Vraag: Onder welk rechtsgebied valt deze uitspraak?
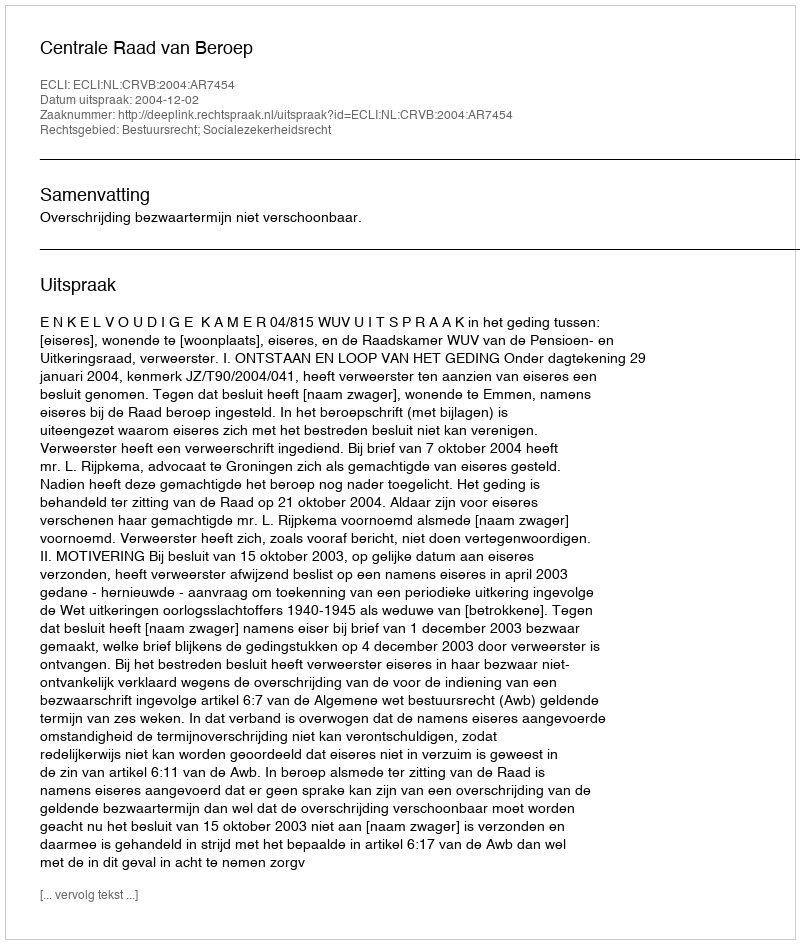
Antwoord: Bestuursrecht; Socialezekerheidsrecht